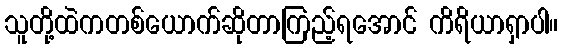
သူတို့ထဲကတစ်ယောက်ဆိုတာကြည့်ရအောင် ကိရိယာရှာပါ။